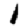
Digit: 1